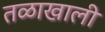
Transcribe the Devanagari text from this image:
तळाखाली